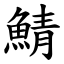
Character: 鯖